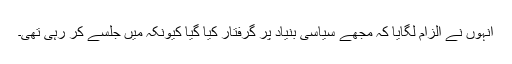
انہوں نے الزام لگایا کہ مجھے سیاسی بنیاد پر گرفتار کیا گیا کیونکہ میں جلسے کر رہی تھی۔